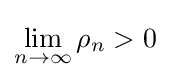
\lim _{n\to \infty }\rho _{n}>0